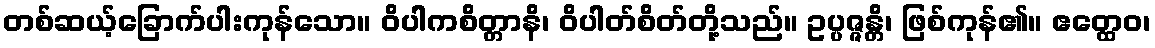
တစ်ဆယ့်ခြောက်ပါးကုန်သော။ ဝိပါကစိတ္တာနိ၊ ဝိပါတ်စိတ်တို့သည်။ ဥပ္ပဇ္ဇန္တိ၊ ဖြစ်ကုန်၏။ ဧတ္ထေဝ၊